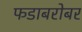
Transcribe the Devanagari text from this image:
फडाबरोबर